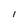
Character: l